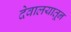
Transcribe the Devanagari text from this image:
देवालयातून